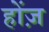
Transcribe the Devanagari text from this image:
होंज़